Riigikantselei, lk 45
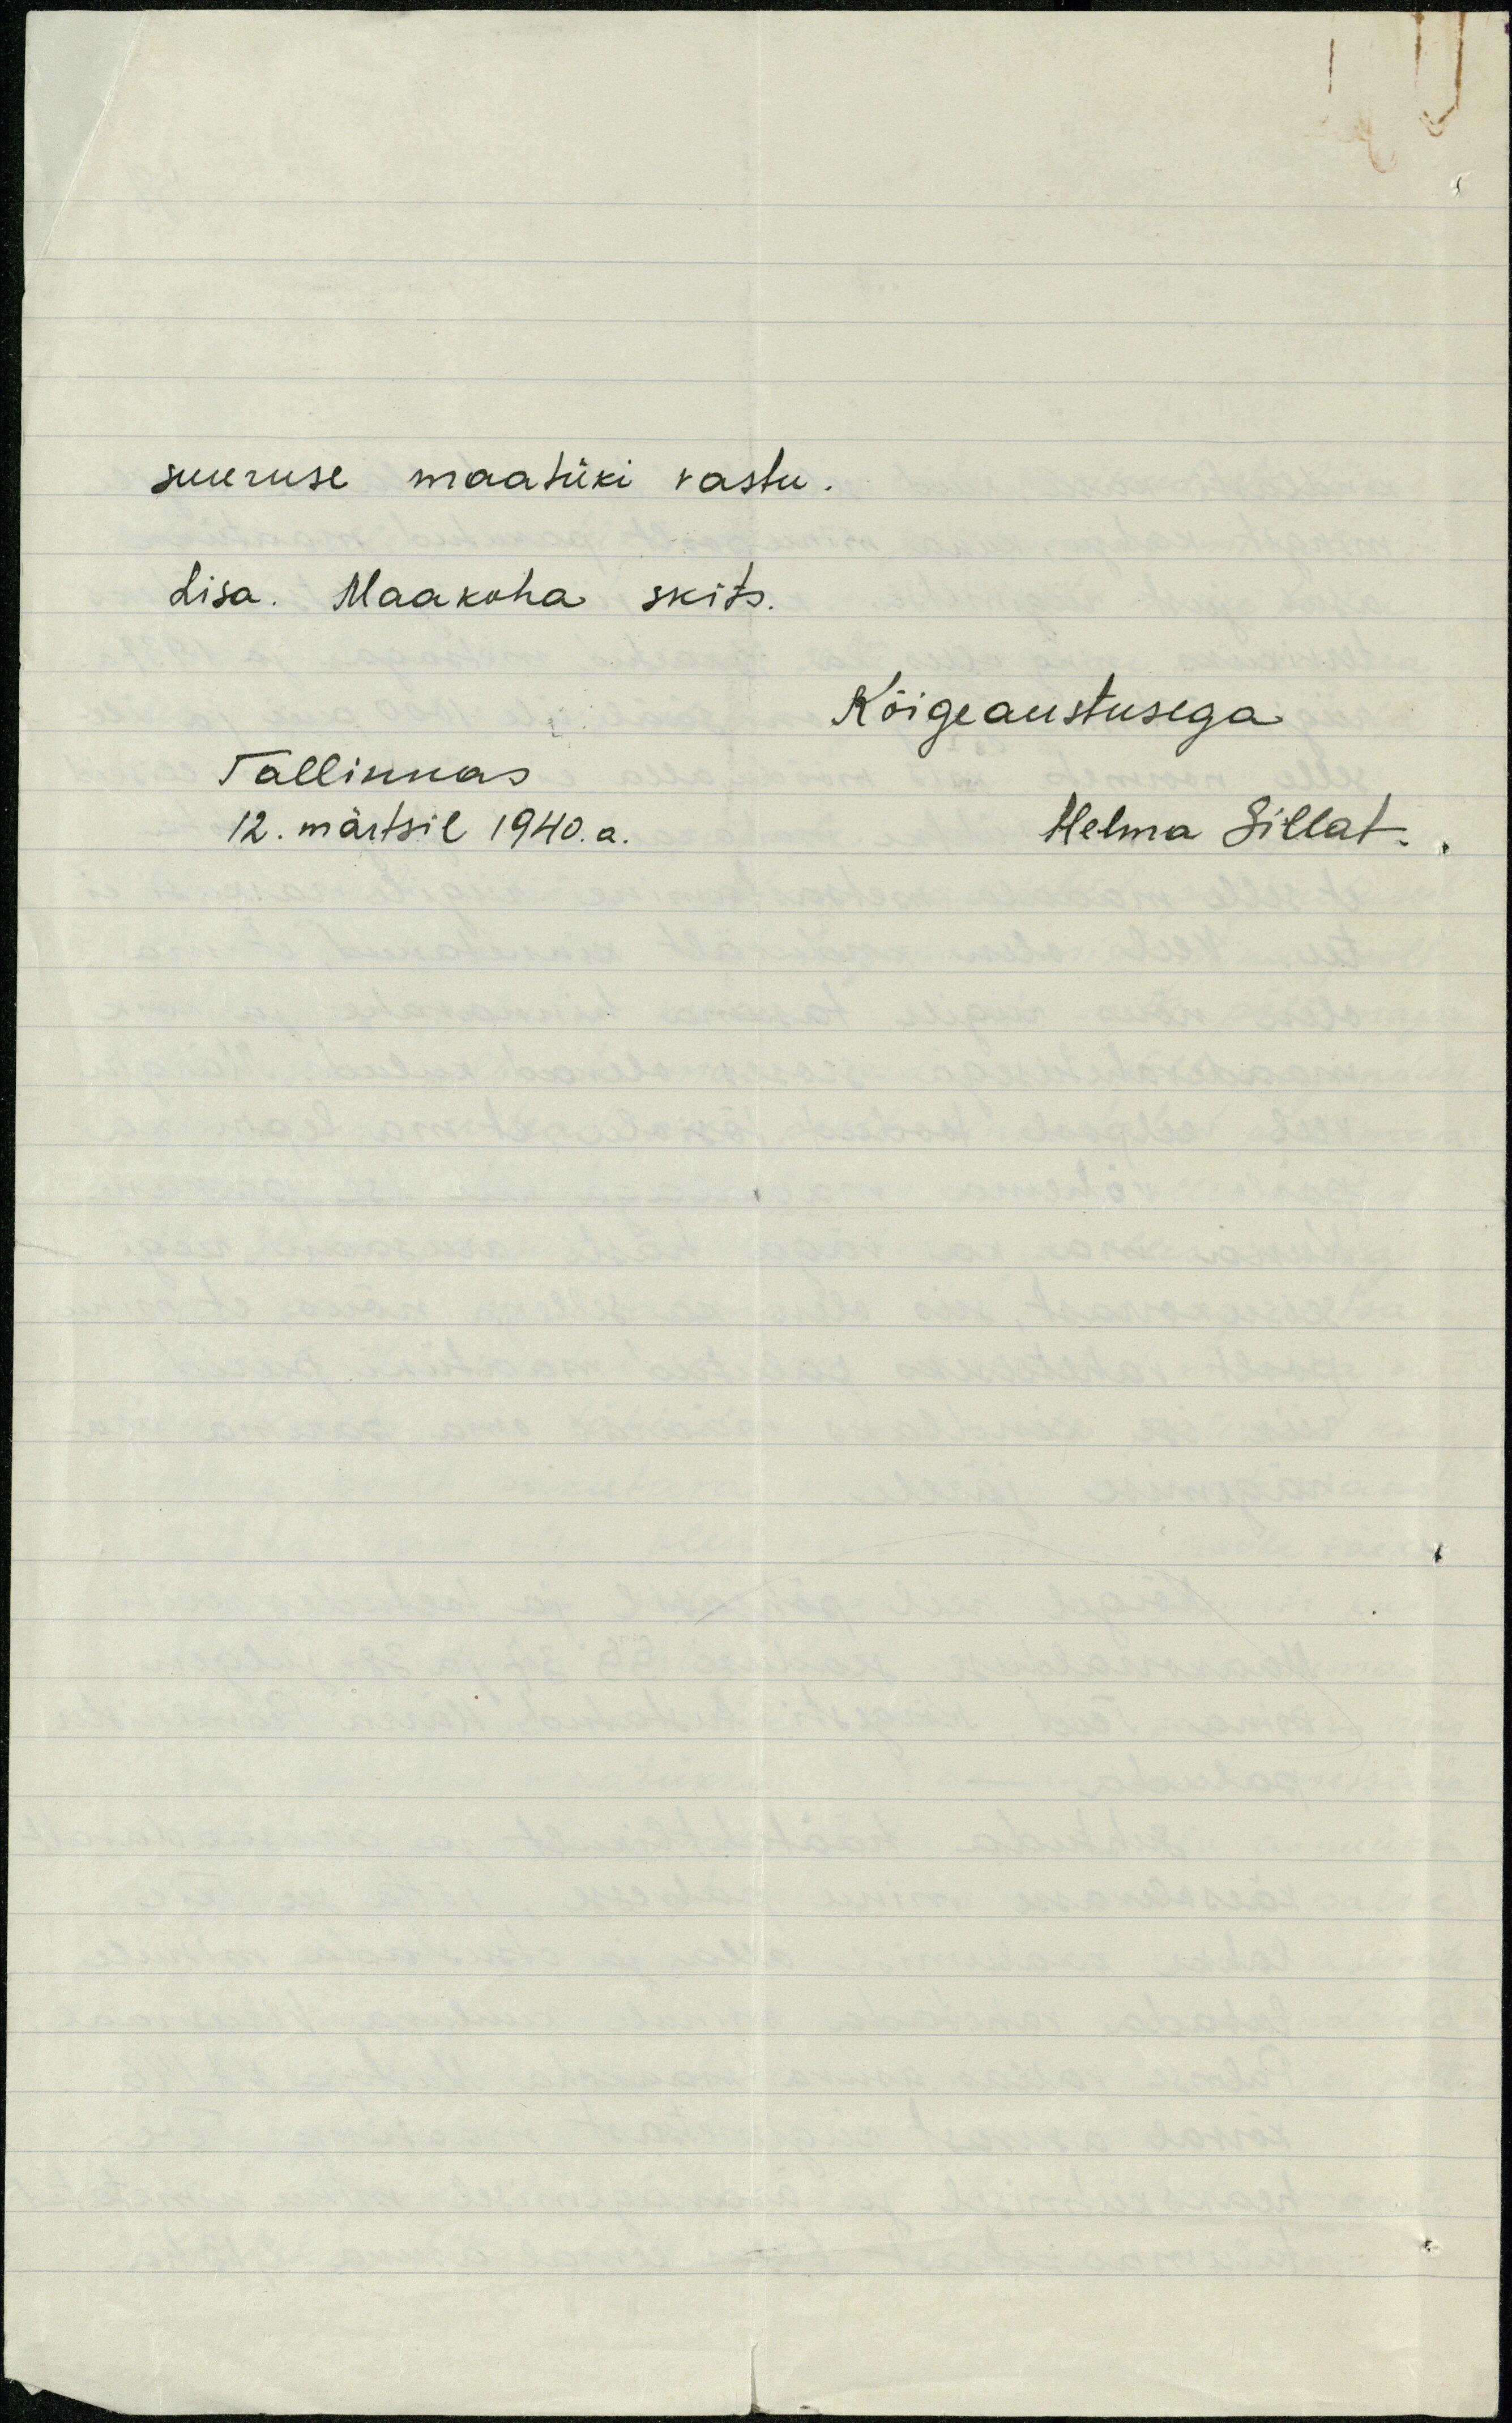
suuruse maatüki vastu.
Lisa. Maakoha skits.
Kõigeaustusega
Tallinnas
12. märtsil 1940. a.
Helma Sillat.